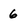
Character: 6